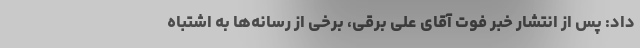
داد: پس از انتشار خبر فوت آقای علی برقی، برخی از رسانه‌ها به اشتباه